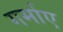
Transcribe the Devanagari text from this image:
गर्माए